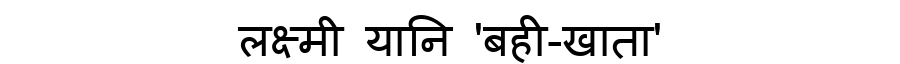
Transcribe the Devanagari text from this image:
लक्ष्मी यानि 'बही-खाता'